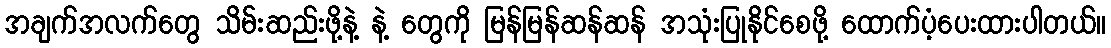
အချက်အလက်တွေ သိမ်းဆည်းဖို့နဲ့ နဲ့ တွေကို မြန်မြန်ဆန်ဆန် အသုံးပြုနိုင်စေဖို့ ထောက်ပံ့ပေးထားပါတယ်။